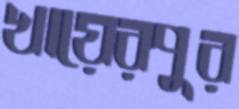
খায়েরপুর